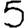
Digit: 5